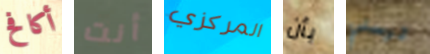
أكافح أنت المركزي بأن ترسلي